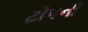
ટોપની